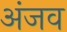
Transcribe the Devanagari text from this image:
अंजव